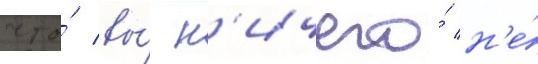
что́ вы́ н'ичего́ н'е́